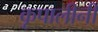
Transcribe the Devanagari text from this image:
कृपालीनी